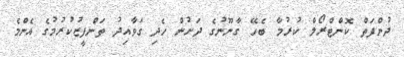
ދުންފަތް ކޮންޓްރޯލް ކުރުމާ ބެހޭ ގާނޫނުގެ ދަށުން ހެދި ގަވާއިދު ތަންފީޒުކުރުމުގެ އެންމެ